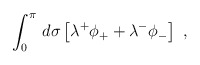
\begin{align*}\int_0^\pi\,d\sigma\left[\lambda^+\phi_++\lambda^-\phi_-\right]\ ,\end{align*}